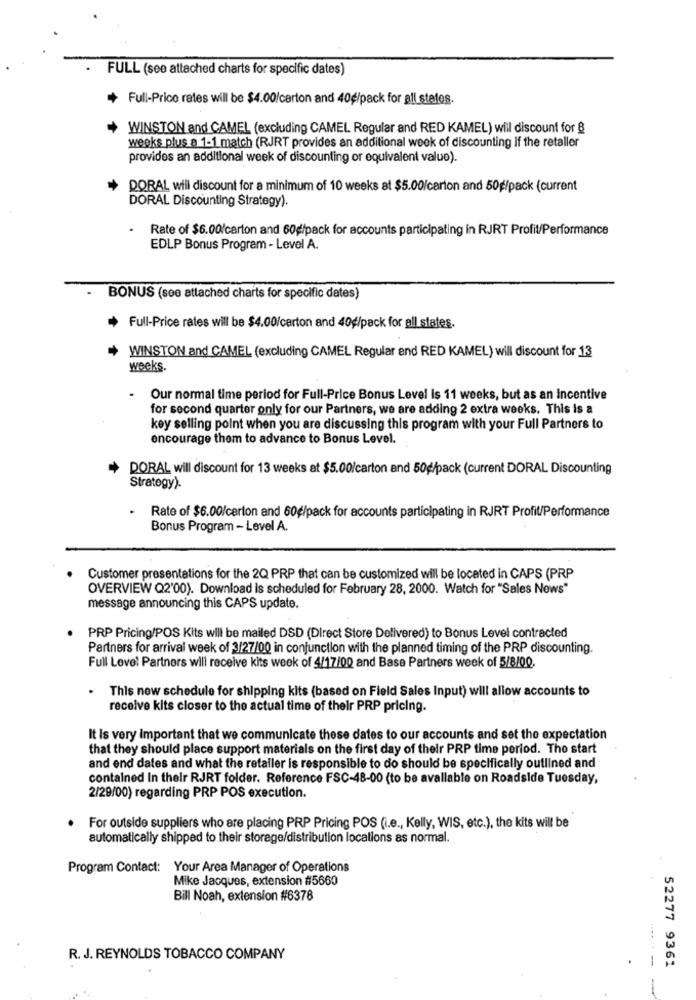
FULL (see attached charts for specific dates)
Full-Price rates will be $4.00/carton and 40¢/pack for all states.
WINSTON and CAMEL (excluding CAMEL Regular and RED KAMEL) will discount for 8
weeks plus a 1-1 match (RJRT provides an additional week of discounting If the retaller
provides an additional week of discounting or equivalent value).
DORAL will discount for a minimum of 10 weeks at $5.00/carton and 50g/pack (current
DORAL Discounting Strategy).
Rate of $6.00/carton and 60g/pack for accounts participating in RJRT Profit/Performance
EDLP Bonus Program - Level A.
- BONUS (see attached charts for specific dates)
Full-Price rates will be $4.00/carton and 40g/pack for all states.
WINSTON and CAMEL (excluding CAMEL Regular and RED KAMEL) will discount for 13
weeks.
.
Our normal time period for Full-Price Bonus Level is 11 weeks, but as an incentive
for second quarter only for our Partners, we are adding 2 extra weeks. This is a
key selling point when you are discussing this program with your Full Partners to
encourage them to advance to Bonus Level.
DORAL will discount for 13 weeks at $5.00/carton and 50g/pack (current DORAL Discounting
Strategy).
Rate of $6.00/carton and 60g/pack for accounts participating in RJRT Profit/Performance
Bonus Program - Level A.
Customer presentations for the 2Q PRP that can be customized will be located in CAPS (PRP
OVERVIEW Q2'00). Download is scheduled for February 28, 2000. Watch for "Sales News"
message announcing this CAPS update.
PRP Pricing/POS Kits will be mailed DSD (Direct Store Delivered) to Bonus Level contracted
Partners for arrival week of 3/27/00 in conjunction with the planned timing of the PRP discounting.
Full Level Partners will receive kits week of 4/17/00 and Base Partners week of 5/8/00.
.
This new schedule for shipping kits (based on Field Sales Input) will allow accounts to
receive kits closer to the actual time of their PRP pricing.
It Is very important that we communicate these dates to our accounts and set the expectation
that they should place support materials on the first day of their PRP time period. Tho start
and end dates and what the retailer is responsible to do should be specifically outlined and
contained In their RJRT folder. Reference FSC-48-00 (to be available on Roadside Tuesday,
2/29/00) regarding PRP POS execution.
For outside suppliers who are placing PRP Pricing POS (i.e ., Kelly, WIS, etc.), the kits will be
automatically shipped to their storage/distribution locations as normal.
Program Contact: Your Area Manager of Operations
Mike Jacques, extension #5660
Bill Noah, extension #6378
R. J. REYNOLDS TOBACCO COMPANY
.
1
52277 9361